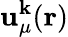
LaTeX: \mathbf{u}_{\mu}^{\mathbf{{k}}}(\mathbf{{r}})